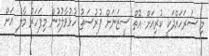
މި ސަރަހައްދަކީ ކުރިއަށް އޮތް ސީޒަނަށް ފުރުސަތު ހުޅުވާލުމުން މިފަހަރު މާލެ އަށް